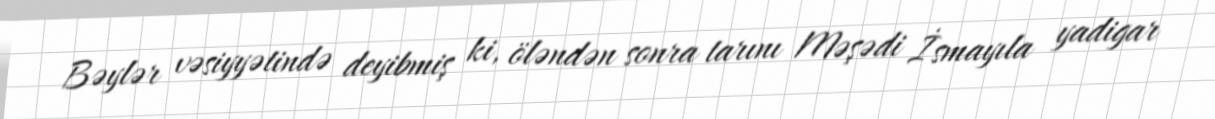
Bəylər vəsiyyətində deyibmiş ki, öləndən sonra tarını Məşədi İsmayıla yadigar